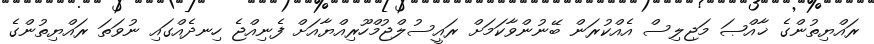
ރައްޔިތުންގެ ޚާއްޞަ މަޖިލިސް އެއްކުރަން ބޭނުންވާކަމަށް ރައީސުލްޖުމްހޫރިއްޔާއަށް ފެނިއްޖެ ހިނދެއްގައި ނުވަތަ ރައްޔިތުންގެ